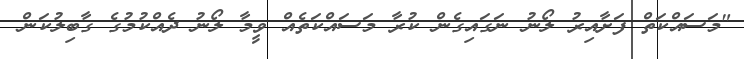
"މަސައްކަތް ފަށާއިރު ލޯނު ނަގައިގެން ކުރާ މަސައްކަތެއް ވީމާ ލޯނު ދެއްކުމުގެ ގާބިލުކަން